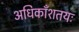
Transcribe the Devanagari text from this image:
अधिकाँशतयः